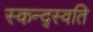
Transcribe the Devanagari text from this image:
स्कन्द्स्वति